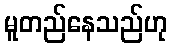
မူတည်နေသည်ဟု